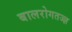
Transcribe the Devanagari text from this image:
बालरोगतज्‍ज्ञ